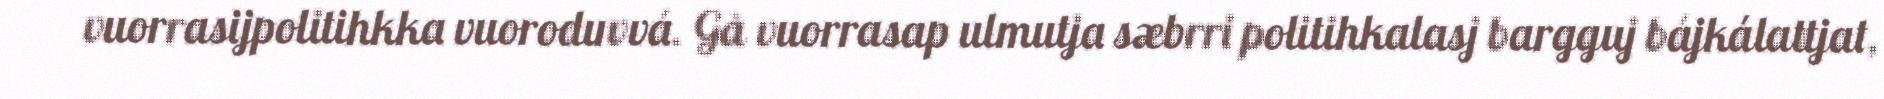
vuorrasijpolitihkka vuoroduvvá. Gå vuorrasap ulmutja sæbrri politihkalasj bargguj bájkálattjat,